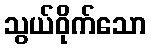
သွယ်ဝိုက်သော